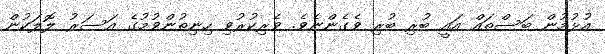
އުޅުމުން ބަސްތައް އައީ ބުރި ބުރި ވެގެންނެވެ. ވެރިކުރުވި ހިނިތުންވުމުގެ އަސަރު ލޮލަކުން